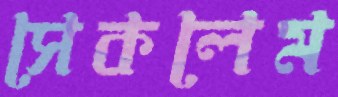
সেকলেম